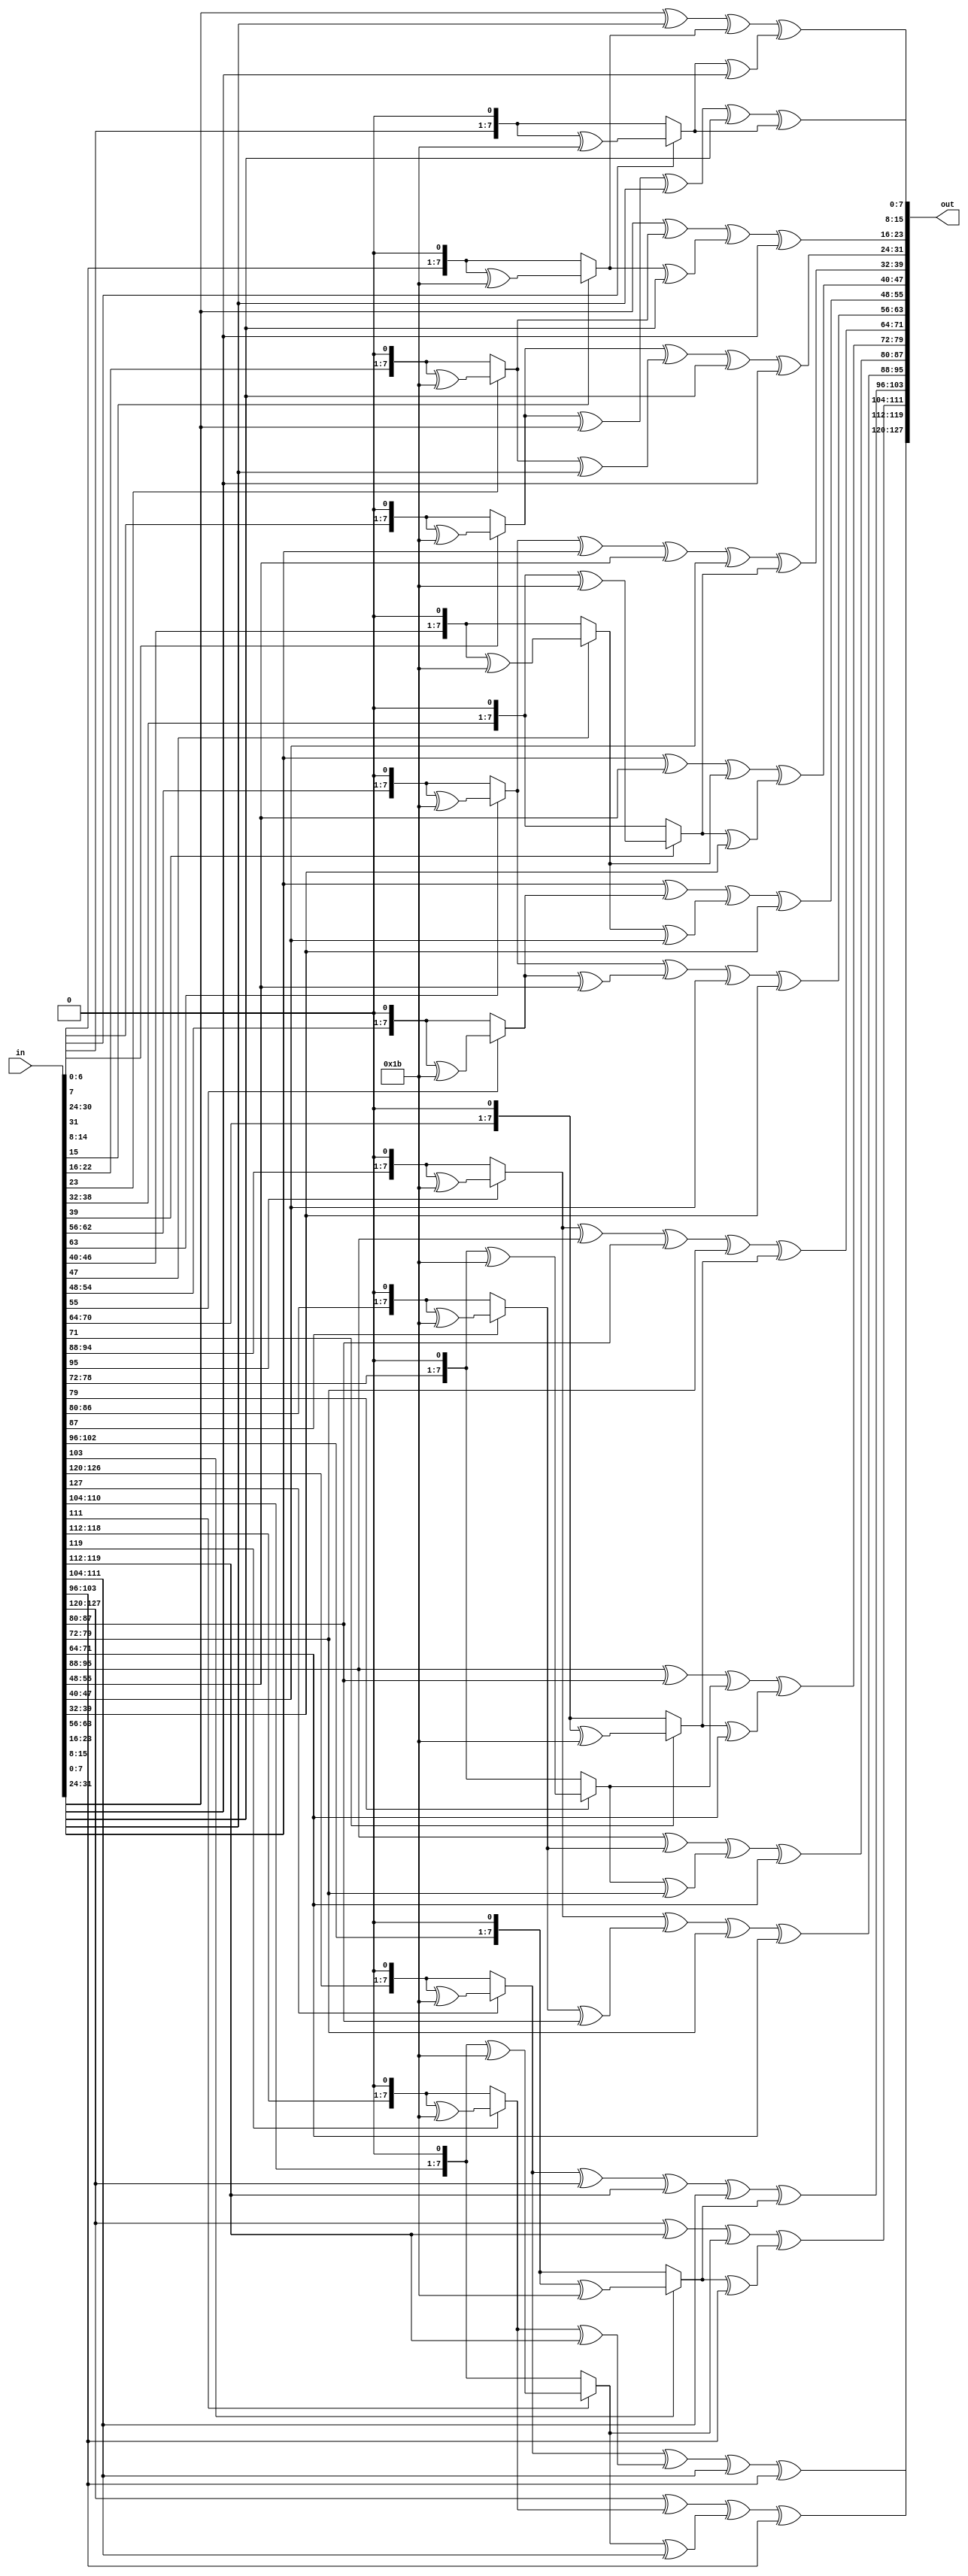
module MixColumns(input [0:127] in,output [0:127] out);

function [0:7] mul_2;
	input [0:7] x;
	begin 
	  if(x[0] == 1) mul_2 = ((x << 1) ^ 8'h1b);
	  else mul_2 = x<<1;
	end 	
endfunction

function [0:7] mul_3;
	input [0:7] x;
	begin 
	  mul_3 = mul_2(x) ^ x;
	end 
endfunction

genvar i;
generate 
for(i=0;i< 4;i=i+1) begin : m_col

   assign out[i*32:i*32+7]= mul_2(in[i*32:i*32+7]) ^ mul_3(in[i*32+8:i*32+15]) ^ in[i*32+16:i*32+23] ^ in[i*32+24:i*32+31];
   assign out[i*32+8:i*32+15]= in[i*32:i*32+7] ^ mul_2(in[i*32+8:i*32+15]) ^ mul_3(in[i*32+16:i*32+23]) ^ in[i*32+24:i*32+31];
   assign out[i*32+16:i*32+23]= in[i*32:i*32+7] ^ in[i*32+8:i*32+15] ^ mul_2(in[i*32+16:i*32+23]) ^ mul_3(in[i*32+24:i*32+31]);
   assign out[i*32+24:i*32+31]= mul_3(in[i*32:i*32+7]) ^ in[i*32+8:i*32+15] ^ in[i*32+16:i*32+23] ^ mul_2(in[i*32+24:i*32+31]);

end
endgenerate

endmodule